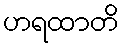
ဟရထာတိ